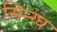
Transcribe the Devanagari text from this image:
सिन्ग्घ